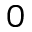
0